Annual report on the working of the mental hospitals in the Madras Presidency - 1912-1932
Year: 1912
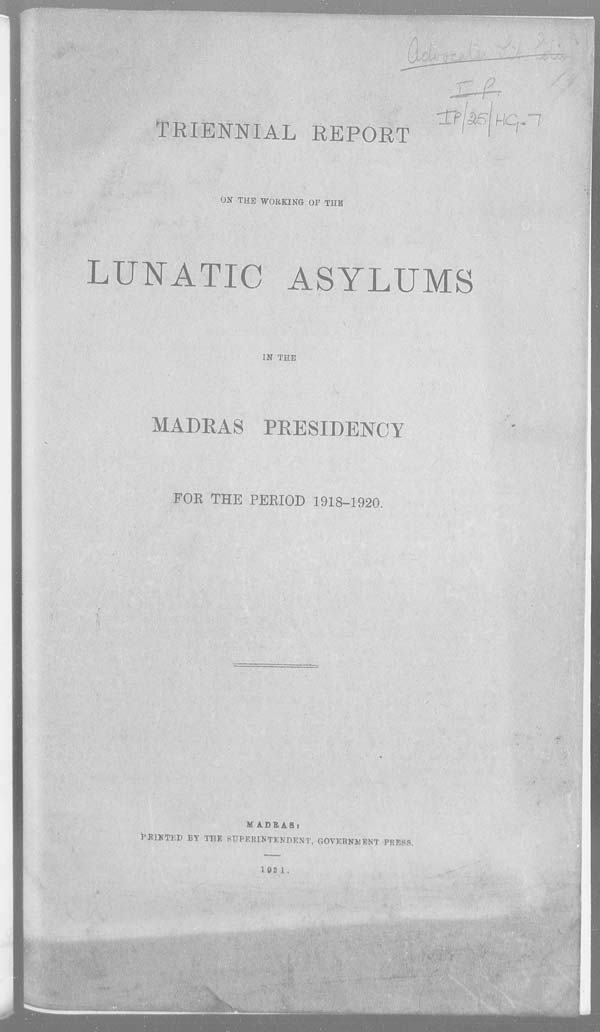
TRIENNIAL REPORT
ON THE WORKING OF THE
LUNATIC ASYLUMS
IN THE
MADRAS PRESIDENCY
FOR THE PERIOD 1918-1920.
MADRAS:
PRINTED BY THE SUPERINTENDENT, GOVERNMENT PRESS.
1921.